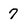
Character: 7